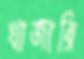
খাজারি